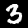
Label: 3